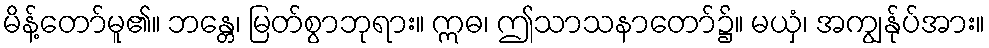
မိန့်တော်မူ၏။ ဘန္တေ၊ မြတ်စွာဘုရား။ ဣဓ၊ ဤသာသနာတော်၌။ မယှံ၊ အကျွန်ုပ်အား။